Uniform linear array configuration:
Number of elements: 64
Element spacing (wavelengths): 0.5
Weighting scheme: hamming
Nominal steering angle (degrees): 30
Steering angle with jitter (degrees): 30.527
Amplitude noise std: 0.05
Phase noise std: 0.05

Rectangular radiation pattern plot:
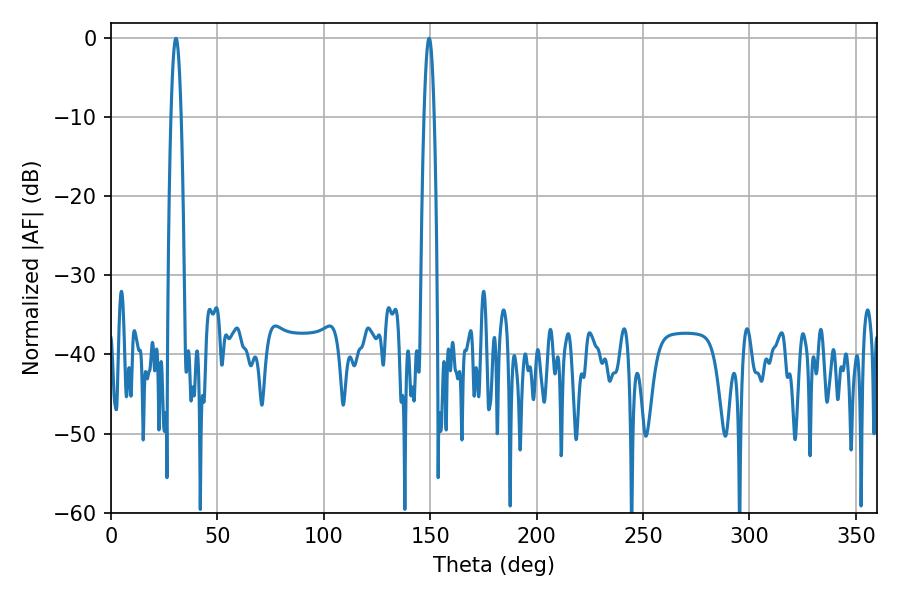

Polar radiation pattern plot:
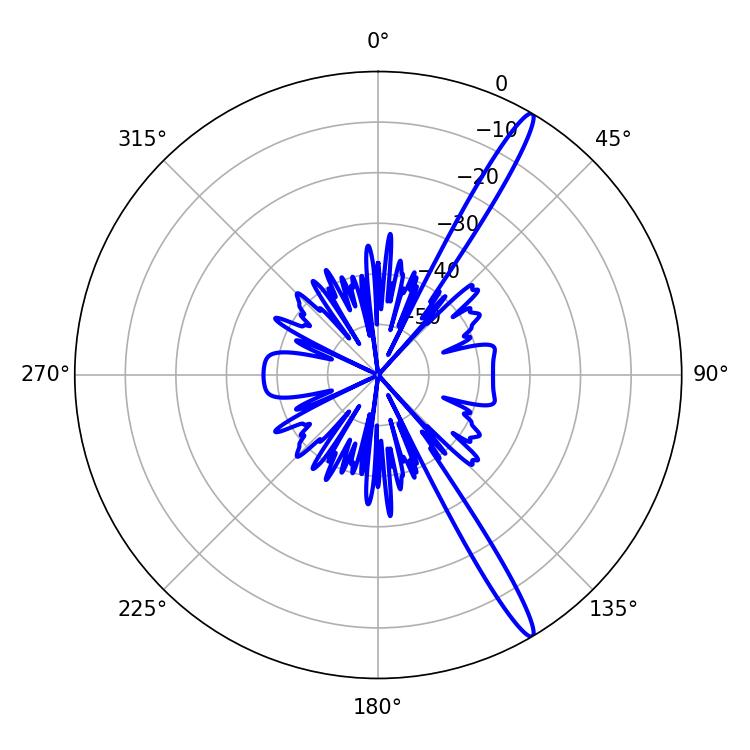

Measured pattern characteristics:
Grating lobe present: FALSE
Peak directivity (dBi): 15.926
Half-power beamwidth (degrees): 2.52
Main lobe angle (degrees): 149.4